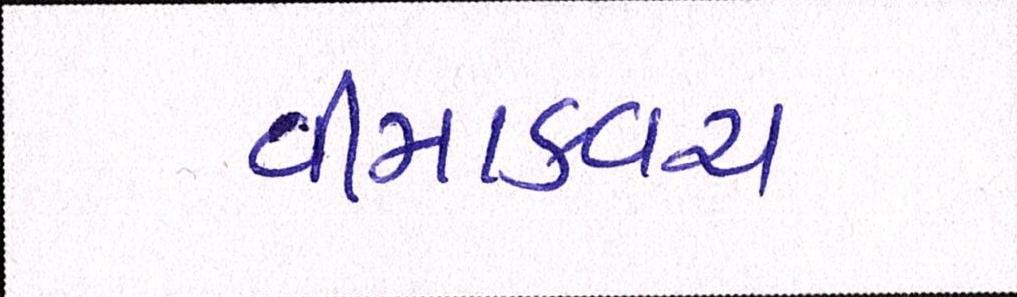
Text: વીમાકવચ